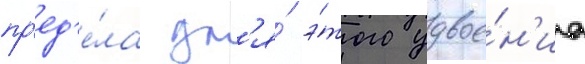
пр'ед'е́ла дл'я́ э́того удвое́н'иа